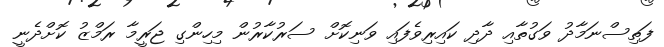
ފަތިސްނަމާދު ވަގުތާއި ދާދި ކައިރިވެފައި ވަނިކޮށް ސަރުކާރުން މިހިންގި ޖަރީމާ ރަމްޒު ކޮށްދެނީ